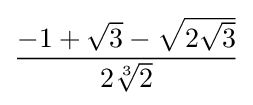
{\frac {-1+{\sqrt {3}}-{\sqrt {2{\sqrt {3}}}}}{2{\sqrt[{3}]{2}}}}